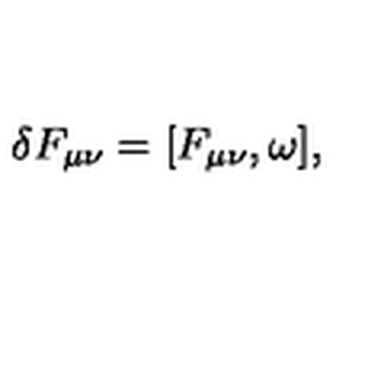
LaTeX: \delta F _ { \mu \nu } = [ F _ { \mu \nu } , \omega ] ,